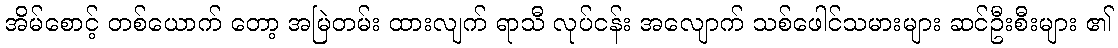
အိမ်စောင့် တစ်ယောက် တော့ အမြဲတမ်း ထားလျက် ရာသီ လုပ်ငန်း အလျောက် သစ်ဖေါင်သမားများ ဆင်ဦးစီးများ ၏